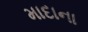
માદાના